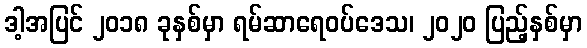
ဒါ့အပြင် ၂၀၁၈ ခုနှစ်မှာ ရမ်ဆာရေဝပ်ဒေသ၊ ၂၀၂၀ ပြည့်နှစ်မှာ